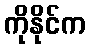
ကိုနိုင်က